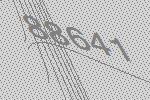
88641